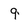
Character: 9